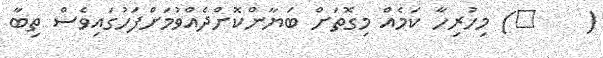
(    ٧) މިހުރިހާ ކަމެއް މިގޮތަށް ބަޔާންކޮށްދެއްވުމަށްފަހުގައިވެސް ތިބާ